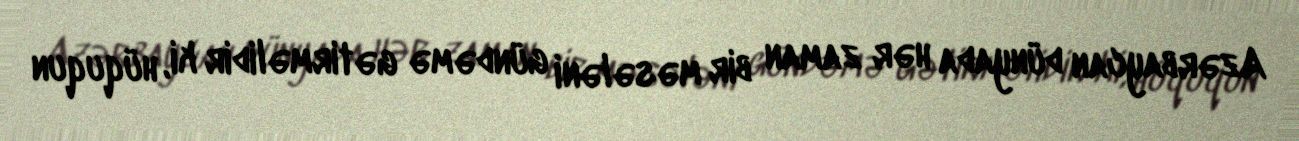
Azərbaycan dünyada hər zaman bir məsələni gündəmə gətirməlidir ki, hüququn